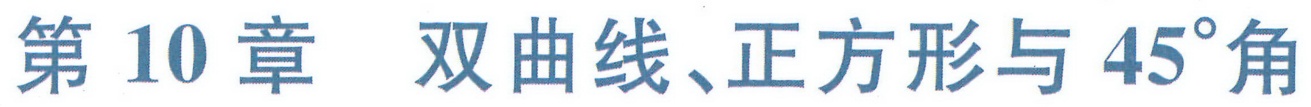
第 10 章 双曲线、正方形与 \(45^{\circ}\)角